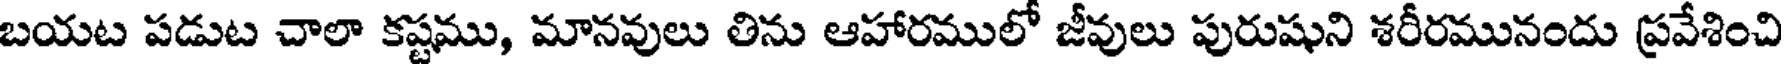
బయట పడుట చాలా కష్టము, మానవులు తిను ఆహారములో జీవులు పురుషుని శరీరమునందు ప్రవేశించి